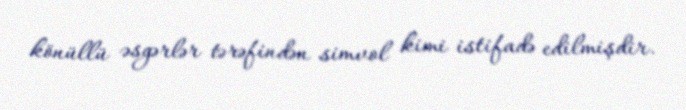
könüllü əsgərlər tərəfindən simvol kimi istifadə edilmişdir.